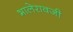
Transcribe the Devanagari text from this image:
भालेरावजी